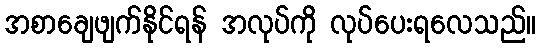
အစာချေဖျက်နိုင်ရန် အလုပ်ကို လုပ်ပေးရလေသည်။